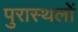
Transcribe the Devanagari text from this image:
पुरास्थलों